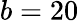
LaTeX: b=20